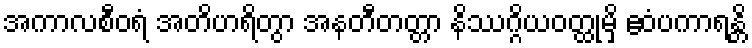
အကာလစီဝရံ အတိဟရိတွာ အနတီတတ္တာ နိဿဂ္ဂိယဝတ္ထုမှိ ဧဝံပကာရန္တိ